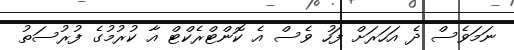
ނަމަވެސް ދެ އަހަރަށް ފަހު ވެސް އެ ކޮންޓްރެކްޓް އާ ކުރުމުގެ ފުރުސަތު